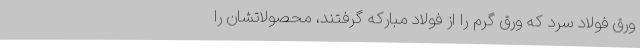
ورق فولاد سرد که ورق گرم را از فولاد مبارکه گرفتند، محصولاتشان را